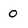
Character: 0